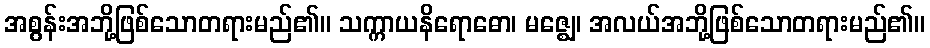
အစွန်းအဘို့ဖြစ်သောတရားမည်၏။ သက္ကာယနိရောဓော၊ မဇ္ဈေ၊ အလယ်အဘို့ဖြစ်သောတရားမည်၏။